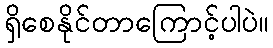
ရှိစေနိုင်တာကြောင့်ပါပဲ။